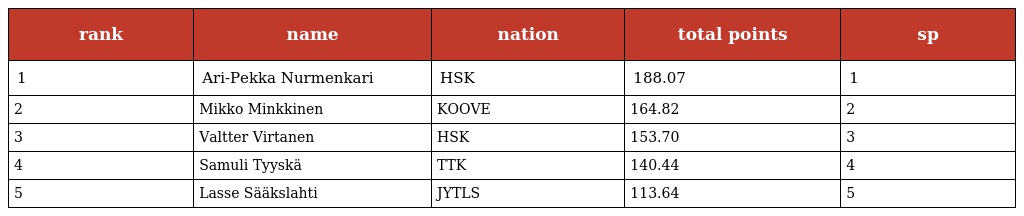
| rank | name | nation | total points | sp |
 | --- | --- | --- | --- | --- |
 | 1 | Ari-Pekka Nurmenkari | HSK | 188.07 | 1 |
 | 2 | Mikko Minkkinen | KOOVE | 164.82 | 2 |
 | 3 | Valtter Virtanen | HSK | 153.70 | 3 |
 | 4 | Samuli Tyyskä | TTK | 140.44 | 4 |
 | 5 | Lasse Sääkslahti | JYTLS | 113.64 | 5 |